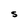
Character: S